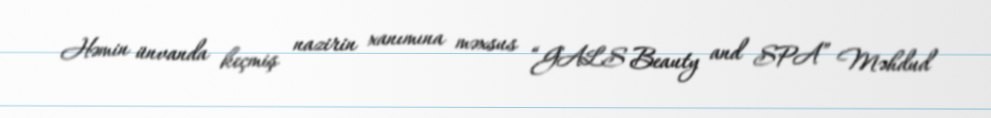
Həmin ünvanda keçmiş nazirin xanımına məxsus “GALS Beauty and SPA” Məhdud